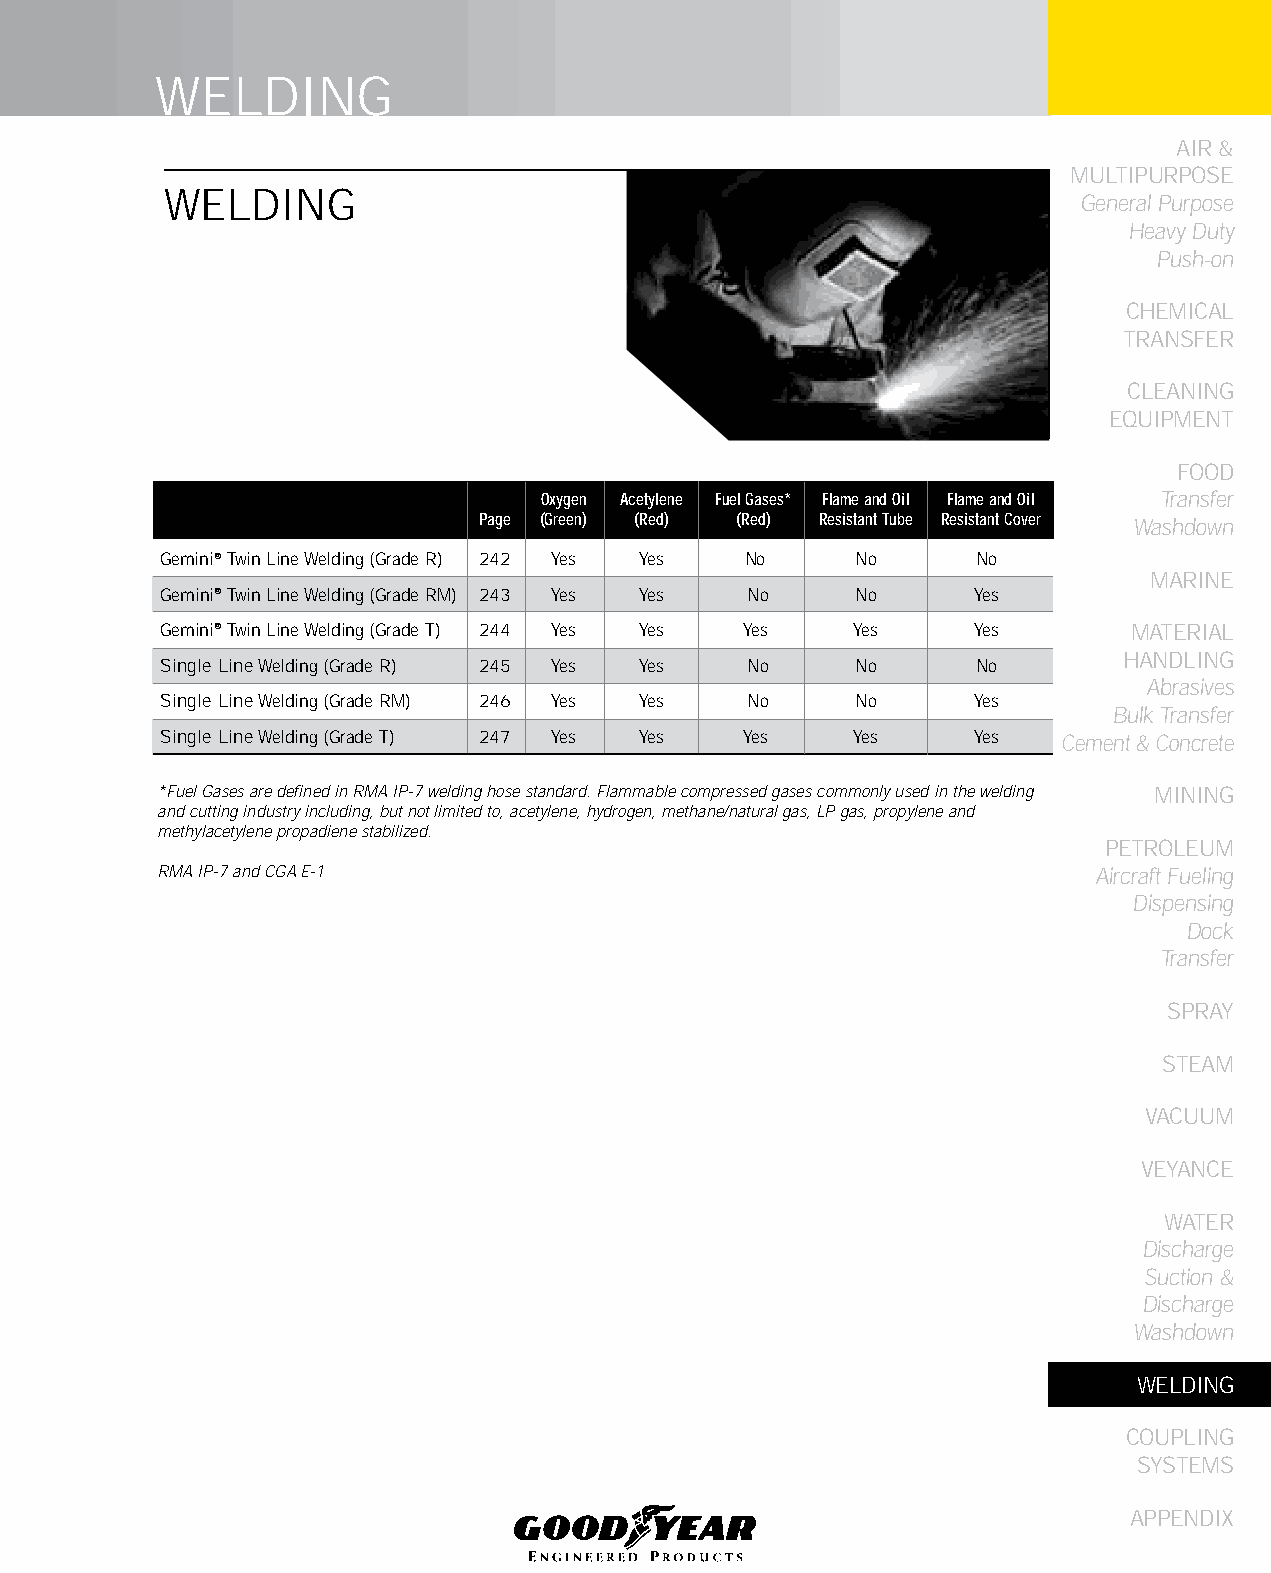
WELDING
 AIR &
 MULTIPURPOSE
 WELDING
 General Purpose
 Heavy Duty
 Push-on
 CHEMICAL
 TRANSFER
 CLEANING
 EqUIPMENT
 FOOD
 Oxygen Acetylene fuel Gases* flame and Oil flame and Oil Transfer
 Page (Green) (Red) (Red) Resistant Tube Resistant Cover Washdown
 Gemini® Twin Line Welding (Grade R) 242 Yes Yes No No No
 MARINE
 Gemini® Twin Line Welding (Grade RM) 243 Yes Yes No No Yes
 Gemini® Twin Line Welding (Grade T) 244 Yes Yes Yes Yes Yes     MATERIAL
 HANDLING
 Single Line Welding (Grade R) 245 Yes Yes No  No      No
 Abrasives
 Single Line Welding (Grade RM) 246 Yes Yes No No      Yes
 Bulk Transfer
 Single Line Welding (Grade T) 247 Yes Yes Yes Yes     Yes  Cement & Concrete
 *Fuel Gases are defined in RMA IP-7 welding hose standard. Flammable compressed gases commonly used in the welding MINING
 and cutting industry including, but not limited to, acetylene, hydrogen, methane/natural gas, LP gas, propylene and
 methylacetylene propadiene stabilized.
 PETROLEUM
 RMA IP-7 and CGA E-1                                          Aircraft Fueling
 Dispensing
 Dock
 Transfer
 SPRAY
 STEAM
 VACUUM
 VEYANCE
 WATER
 Discharge
 Suction &
 Discharge
 Washdown
 WELDING
 COUPLING
 SYSTEMS
 APPENDIX
 241